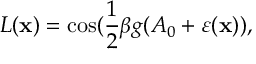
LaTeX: L ( { \bf x } ) = \cos ( \frac { 1 } { 2 } \beta g ( A _ { 0 } + \varepsilon ( { \bf x } ) ) ,